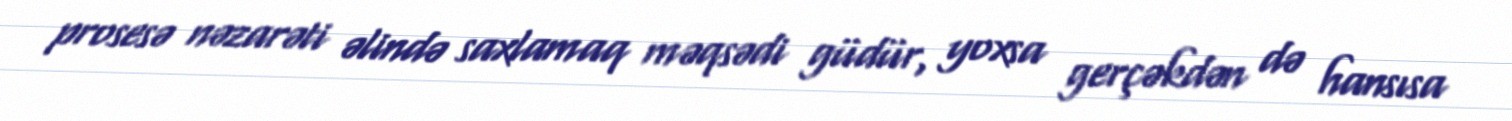
prosesə nəzarəti əlində saxlamaq məqsədi güdür, yoxsa gerçəkdən də hansısa